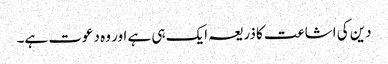
دین کی اشاعت کا ذریعہ ایک ہی ہے اور وہ دعوت ہے۔